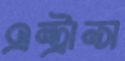
এন্ট্রান্স